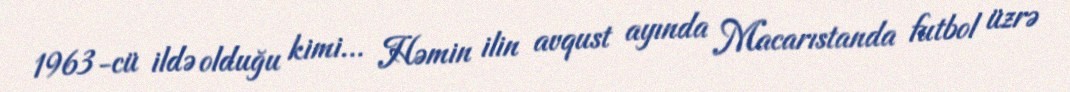
1963-cü ildə olduğu kimi... Həmin ilin avqust ayında Macarıstanda futbol üzrə